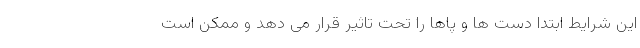
این شرایط ابتدا دست ها و پاها را تحت تاثیر قرار می دهد و ممکن است